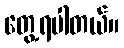
တွေ့ရပါတယ်။